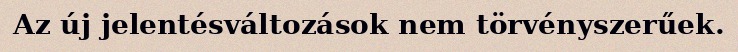
Az új jelentésváltozások nem törvényszerűek.